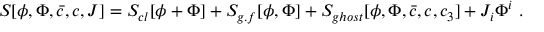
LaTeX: S [ \phi , \Phi , \bar { c } , c , J ] = S _ { c l } [ \phi + \Phi ] + S _ { g . f } [ \phi , \Phi ] + S _ { g h o s t } [ \phi , \Phi , \bar { c } , c , c _ { 3 } ] + J _ { i } \Phi ^ { i } \ .